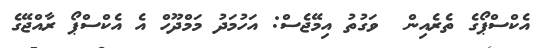
އެކްސްޕޯގެ ތެރެއިން  ވަގުތު އިމޭޖެސް: އަހުމަދު މަމްދޫހް އެ އެކްސްޕޯ ރާއްޖޭގެ